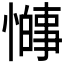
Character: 𫻋